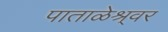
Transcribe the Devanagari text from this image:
पाताळेश्र्वर